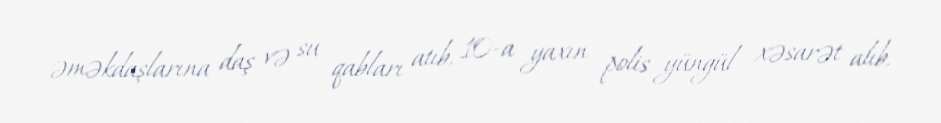
əməkdaşlarına daş və su qabları atıb, 10-a yaxın polis yüngül xəsarət alıb.